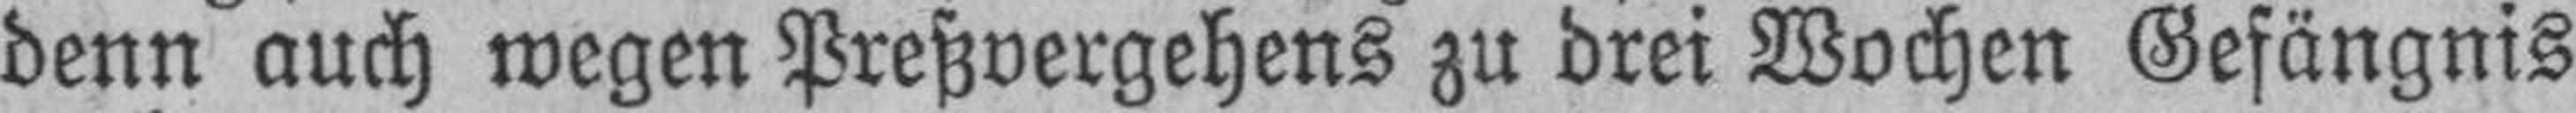
denn auch wegen Preßvergehens zu drei Wochen Gefängnis